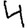
Digit: 4